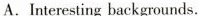
A.Interesting backgrounds.